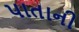
પાતાની